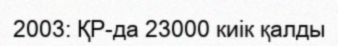
2003: ҚР-да 23000 киік қалды